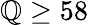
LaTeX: \mathbb{Q}\geq58